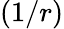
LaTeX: (1/r)